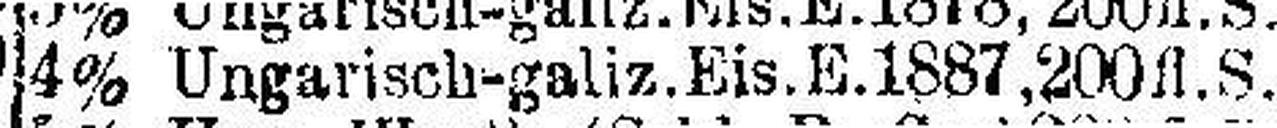
4% Ungarisch-galiz.Eis.E.1887, 200 fl.S.